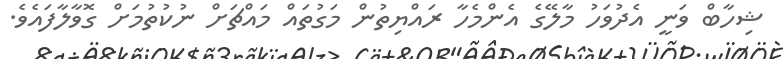
ޝިހާބް ވަނީ އެދުވަހު މާލޭގެ އެންމެހާ ރައްޔިތުން މަގުތައް މައްޗަށް ނުކުތުމަށް ގޮވާލާފައެވެ.